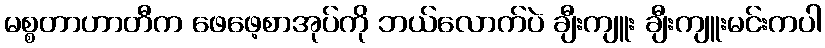
မစ္စတာဟာတီက ဖေဖေ့စာအုပ်ကို ဘယ်လောက်ပဲ ချီးကျူး ချီးကျူးမင်းကပါ